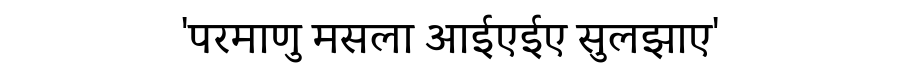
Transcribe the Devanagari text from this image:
'परमाणु मसला आईएईए सुलझाए'